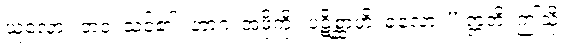
ယူလော့။ တဝ၊ သင်၏။ ဘာဂံ၊ အဖို့ကို။ ပဋိစ္ဆာဟိ၊ ခံလော့။” ဣတိ၊ ဤသို့။